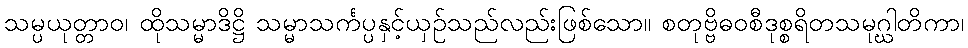
သမ္ပယုတ္တာဝ၊ ထိုသမ္မာဒိဋ္ဌိ သမ္မာသင်္ကပ္ပနှင့်ယှဉ်သည်လည်းဖြစ်သော။ စတုဗ္ဗိဓဝစီဒုစ္စရိတသမုဂ္ဃါတိကာ၊